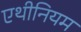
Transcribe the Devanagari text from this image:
एथीनियम